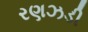
રણઝડી